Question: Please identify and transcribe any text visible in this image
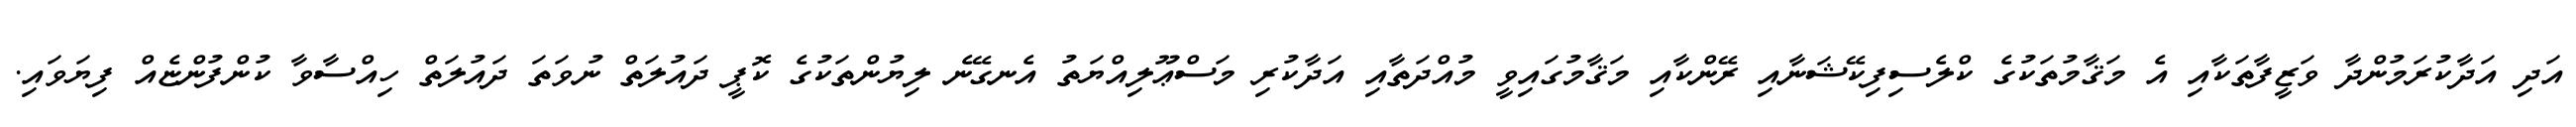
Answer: އަދި އަދާކުރަމުންދާ ވަޒީފާތަކާއި އެ މަޤާމުތަކުގެ ކްލެސިފިކޭޝަނާއި ރޭންކާއި މަޤާމުގައިވީ މުއްދަތާއި އަދާކުރި މަސްޢޫލިއްޔަތު އެނގޭނެ ލިޔުންތަކުގެ ކޮޕީ ދައުލަތް ނުވަތަ ދައުލަތް ހިއްސާވާ ކުންފުންޏެއް ފިޔަވައި.